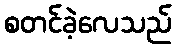
စတင်ခဲ့လေသည်